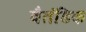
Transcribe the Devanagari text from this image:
वैतंडिक